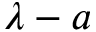
\lambda - a